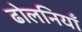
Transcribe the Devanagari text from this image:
ढोलनियाँ